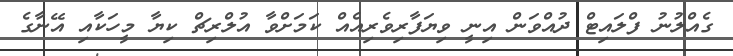
ގެއްލުނު ފްލައިޓް ދުއްވަން އިނީ ވިޔަފާރިވެރިއެއް ކަމަށްވާ އުލްރިޗް ކިޔާ މީހަކާއި އޭނާގެ